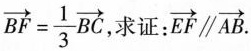
$$\overrightarrow { B F } = \frac { 1 } { 3 } $$\overrightarrow { B C }$$ ，求证； \overrightarrow{EF}\parallel \overrightarrow{AB}